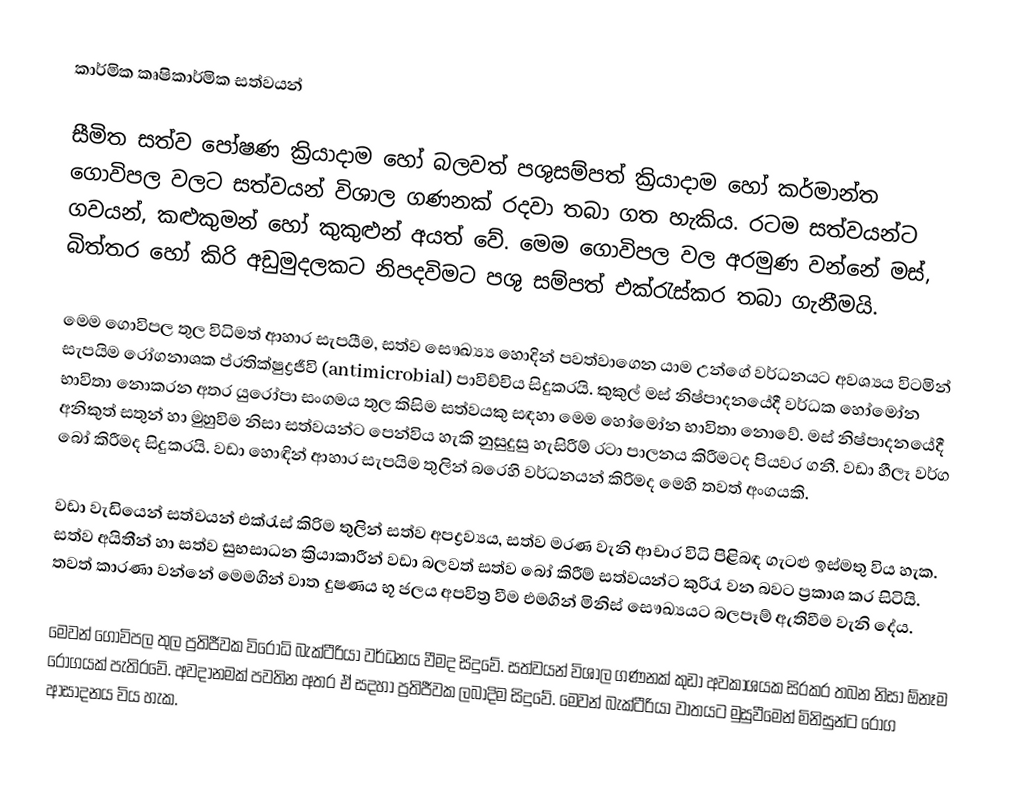
කාර්මික කෘෂිකාර්මික සත්වයන්

සීමිත සත්ව පෝෂණ ක්‍රියාදාම හෝ බලවත් පශුසම්පත් ක්‍රියාදාම හෝ කර්මාන්ත ගොවිපල වලට සත්වයන් විශාල ගණනක් රදවා තබා ගත හැකිය. රටම සත්වයන්ට ගවයන්, කළුකුමන් හෝ කුකුළුන් අයත් වේ. මෙම ගොවිපල වල අරමුණ වන්නේ මස්, බිත්තර හෝ කිරි අඩුමුදලකට නිපදවිමට පශු සම්පත් එක්රැස්කර තබා ගැනීමයි.

මෙම ගොවිපල තුල විධිමත් ආහාර සැපයීම, සත්ව සෞඛ්‍ය්‍ය හොදින් පවත්වාගෙන යාම උන්ගේ වර්ධනයට අවශ්‍යය විටමින් සැපයිම රෝගනාශක ප්රතික්ෂුද්‍රජීවි (antimicrobial) පාවිච්චිය සිදුකරයි. කුකුල් මස් නිෂ්පාදනයේදී වර්ධක හෝමෝන භාවිතා නොකරන අතර යුරෝපා සංගමය තුල කිසිම සත්වයකු සඳහා මෙම හෝමෝන භාවිතා නොවේ. මස් නිෂ්පාදනයේදී අනිකුත් සතුන් හා මුහුවිම නිසා සත්වයන්ට පෙන්විය හැකි නුසුදුසු හැසිරීම් රටා පාලනය කිරීමටද පියවර ගනී. වඩා හීලෑ වර්ග බෝ කිරීමද සිදුකරයි. වඩා‍ හොඳින් ආහාර සැපයිම තුලින් බරෙහි වර්ධනයන් කිරිමද මෙහි තවත් අංගයකි.

වඩා වැඩියෙන් සත්වයන් එක්රැස් කිරිම තුලින් සත්ව අපද්‍රව්‍යය, සත්ව මරණ වැනි ආචාර විධි පිළිබඳ ගැටළු ඉස්මතු විය හැක. සත්ව අයිතීන් හා සත්ව සුභසාධන ක්‍රියාකාරීන් වඩා බලවත් සත්ව බෝ කිරීම් සත්වයන්ට කුරිරැ වන බවට ප්‍රකාශ කර සිටියි. තවත් කාරණා වන්නේ මෙමගින් වාත දුෂණය භූ ජලය අපවිත්‍ර වීම එමගින් මිනිස් සෞඛ්‍යයට බලපෑම් ඇතිවීම වැනි දේය.

මෙවන් ගොවිපල තුල ප්‍රතිජීවක විරෝධි බැක්ටීරියා වර්ධනය වීමද සිදුවේ. සත්වයන් විශාල ගණනක් කුඩා අවකාශයක සිරකර තබන නිසා ඕනෑම රෝගයක් පැතිරවේ. අවදානමක් පවතින අතර ඒ සදහා ප්‍රතිජීවක ලබාදිම සිදුවේ.   මෙවන් බැක්ටීරියා වාතයට මුසුවීමෙන් මිනිසුන්ට රෝග ආසාදනය විය හැක.